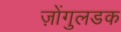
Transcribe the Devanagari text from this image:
ज़ोंगुलडक